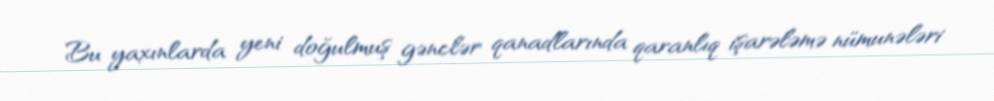
Bu yaxınlarda yeni doğulmuş gənclər qanadlarında qaranlıq işarələmə nümunələri